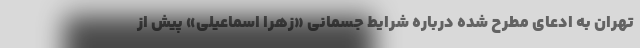
تهران به ادعای مطرح شده درباره شرایط جسمانی «زهرا اسماعیلی» پیش از